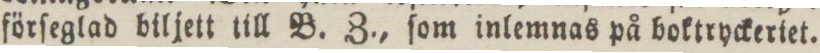
förſeglad biljett till B. Z., ſom inlemnas på boktryckeriet.